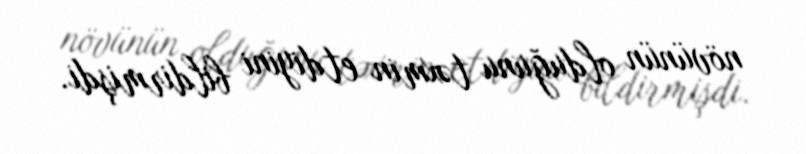
növünün olduğunu təxmin etdiyini bildirmişdi.